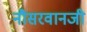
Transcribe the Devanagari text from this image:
नौसरवानजी